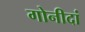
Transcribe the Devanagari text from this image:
गोनीदां